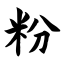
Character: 粉